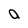
Character: a